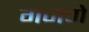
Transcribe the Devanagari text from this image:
गंजणे